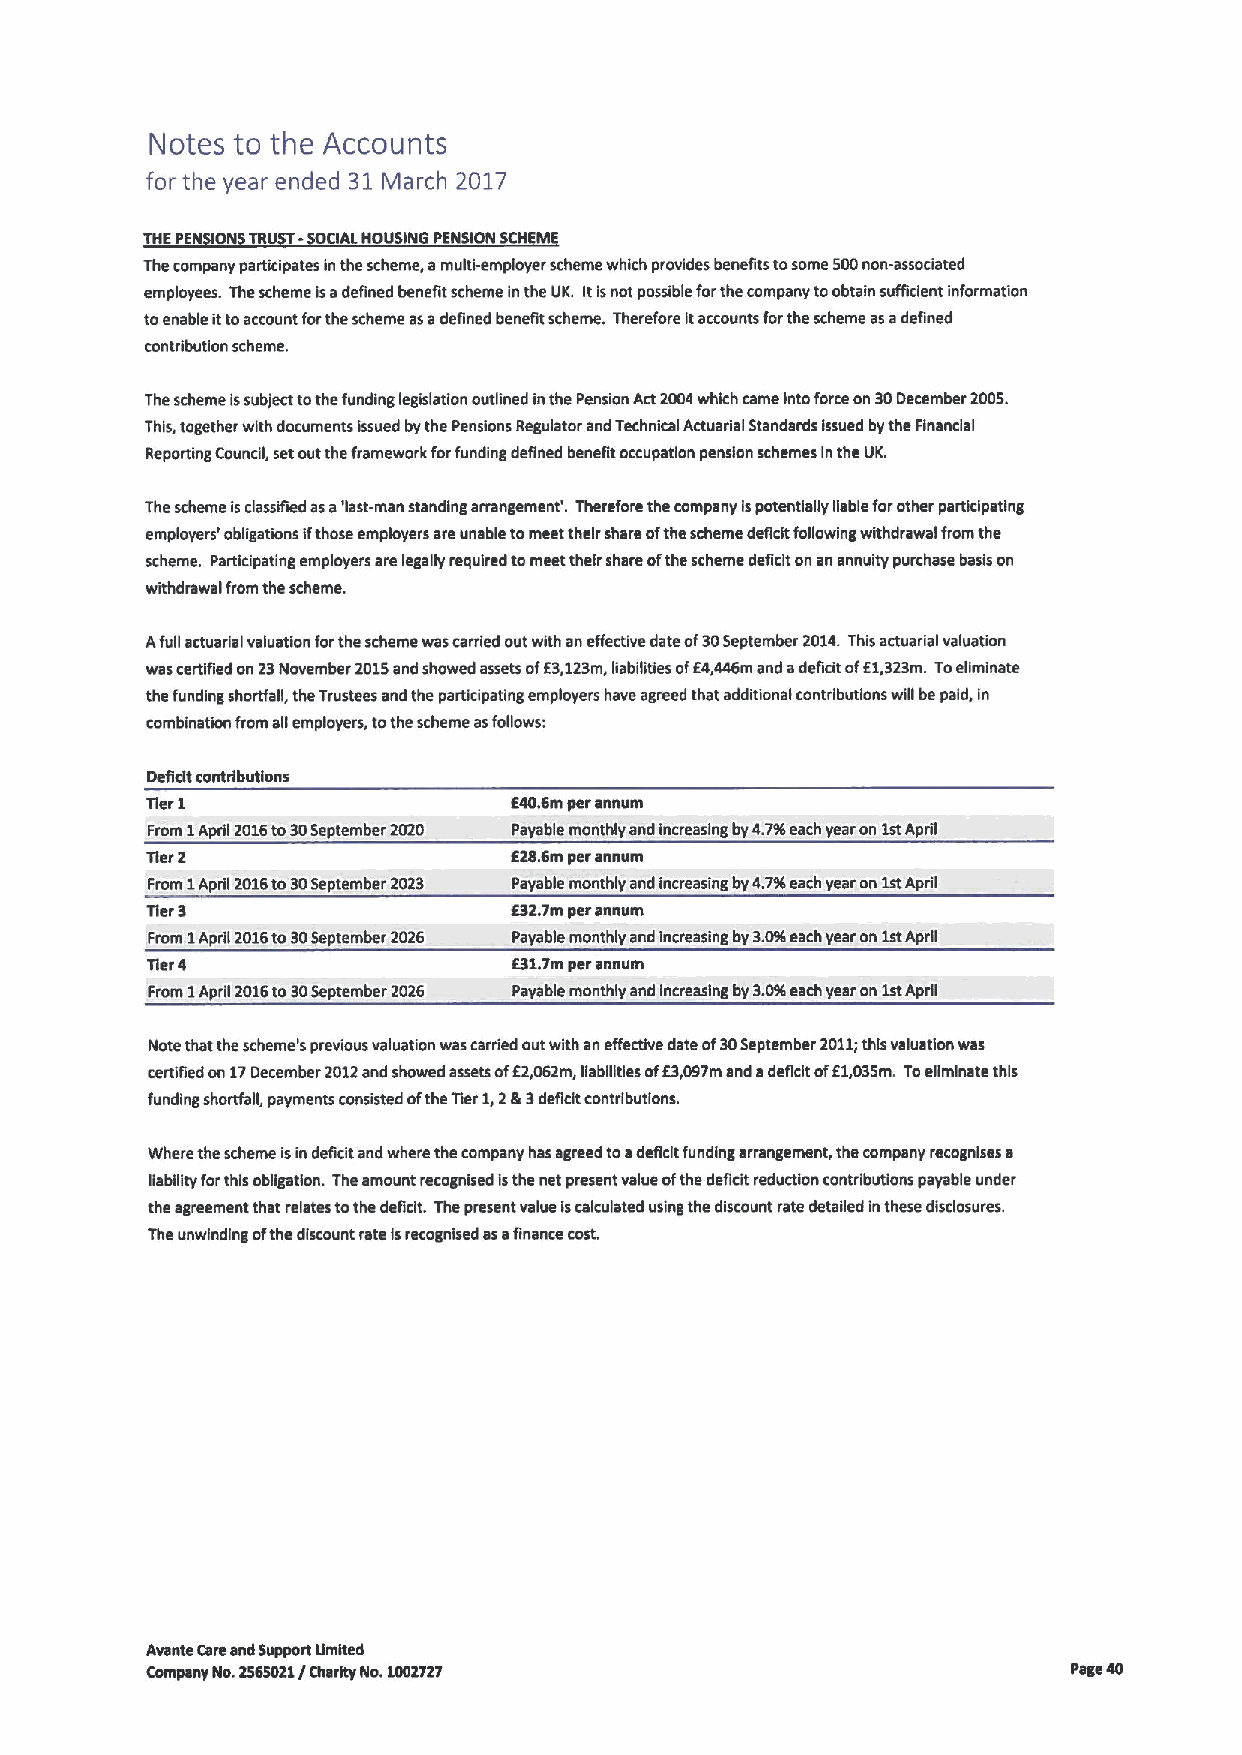
Notes to the Accounts
 for the year ended 31March 2017
 THEPEN ION TRU - CIALHOUSING PEN IONSCH ka
 The company participates inthe scheme, amultimmployer scheme which provides benefits tosome 500non-associated
 employees. Thescheme isadefined benefit scheme Inthe UK. ItIsnot possible forthe company toobtain sufficient information
 toenable ittoaccount forthe scheme asadefined benefit scheme. Therefore itaccounts forthe scheme asadefined
 contribution scheme.
 The scheme Issubject tothe funding legislation outlined inthe Pension Act2004which came into forceon 30December 2005.
 This, together with documents issued bythe Pensions Regulator and Technical Actuarial Standards issued bythe Financial
 Reporting Council, setout the framework forfunding deRned benefit occupation pension schemes lnthe UK.
 The scheme isclassified asa'last-man standing arrangement'. Therefore the company Ispotentlafiy gable forother participating
 employers' obligations ifthose employers are unable tomeet their share ofthe scheme deficit following withdrawal from the
 scheme. Participating employers are legally required tomeet their share ofthe scheme deficit on an annuity purchase basis on
 withdrawal from the scheme.
 Afull actuarial valuation forthe scheme was carried out with an effective date of30September 2014.This actuarial valuation
 was certified on 23November 2015and showed assets ofE3,123m,liabilities ofE4,446m and adeficit of51,323m. Toefirninate
 the funding shortfall, the Trustees and the participating employers have agreed that additional contributions will bepaid, In
 combination from agemployers, tothe scheme asfofiows:
 Deficit contributions
 lier 1                  E40.6m per annum
 From 1Aprg 2016to30September 2020 Payable monthly and increasing by4.7%each year on 1stApril
 Tier2                   526.6m per annum
 From 1 Aprg 2016to30September 2023 Payable monthly and increasing by4.7%each year on 1stApril
 Tier3                   E32.7m perannum
 From 1Aprg 2016to30September 2026 Payable monthly and Increasing by 3.0%each year on 1stApril
 Tier4                   E31.7m per annum
 From 1Aprg 2016to30September 2026 Payable monthly and increasing by 30%each year on 1stAprg
 Note that the scheme's previous valuation was carried out with an effective date of30September 2011;this valuation was
 certified on 17December 2012and showed assets ofE2,062m, Rabgities of53,097mand adeficit ofE1,035m. Toeliminate this
 funding shortfall, payments consisted ofthe Tier1,2lk3deficit contributions.
 Where the scheme isin deficit and where the company has agreed toadericlt funding arrangement, the company recognises a
 liability forthis obligation. The amount recognised Isthe net present value ofthe deficit reduction contributions payable under
 the agreement that relates tothe deficit. The present value iscalculated using the discount rate detailed inthese disclosures.
 The unwinding ofthe discount rate Isrecognised asafinance cost.
 Avante Careand Support Umited
 Company No.2565021/ Charity No.1052727                       Page 40